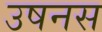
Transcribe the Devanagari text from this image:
उषनस